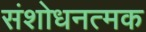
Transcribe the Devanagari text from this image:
संशोधनत्मक